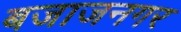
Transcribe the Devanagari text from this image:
बजाजनगर